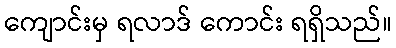
ကျောင်းမှ ရလာဒ် ကောင်း ရရှိသည်။